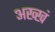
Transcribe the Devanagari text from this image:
अख्खं